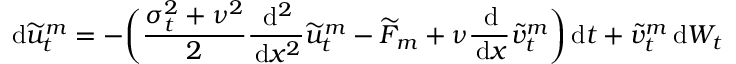
\, \mathrm { d } \widetilde { u } _ { t } ^ { m } = - \bigg ( \frac { \sigma _ { t } ^ { 2 } + \nu ^ { 2 } } { 2 } \frac { \, \mathrm { d } ^ { 2 } } { \, \mathrm { d } x ^ { 2 } } \widetilde { u } _ { t } ^ { m } - \widetilde { F } _ { m } + \nu \frac { \, \mathrm { d } } { \, \mathrm { d } x } \widetilde { v } _ { t } ^ { m } \bigg ) \, \mathrm { d } t + \widetilde { v } _ { t } ^ { m } \, \mathrm { d } W _ { t }